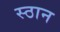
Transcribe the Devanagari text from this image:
स्ठान